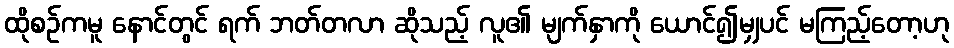
ထိုစဉ်ကမူ နောင်တွင် ရက် ဘတ်တလာ ဆိုသည့် လူ၏ မျက်နှာကို ယောင်၍မျှပင် မကြည့်တော့ဟု